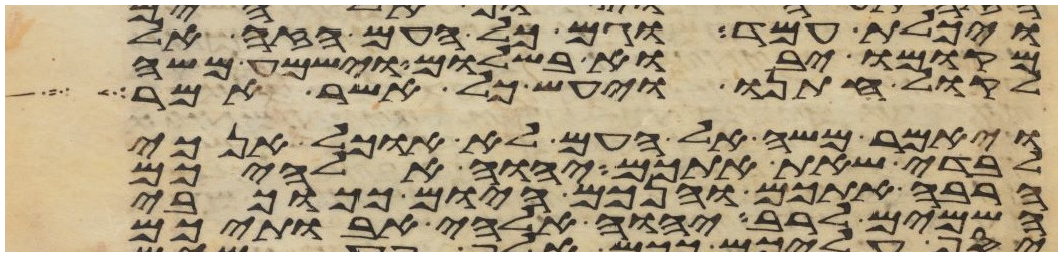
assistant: ויכלת עמד וגם כל העם הזה אל
מקומו יבוא בשלום וישמע משה
לקול חתנו ויעש כל אשר אמר
ויאמר משה אל העם לא אוכל אנכי
לבדי שאת אתכם יהוה אלהיכם
הרבה אתכם והנכם היום ככוכבי
השמים לרב יהוה אלהי אבתיכם